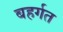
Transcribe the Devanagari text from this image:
बहर्गत